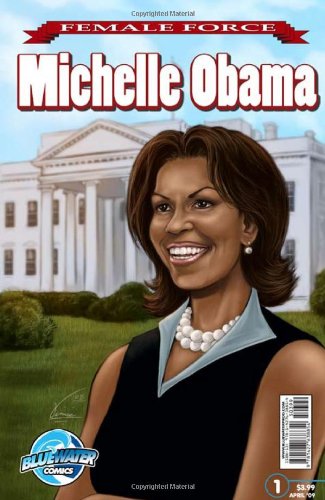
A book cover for Female Force: Michelle Obama; Neal Bailey; Comics & Graphic Novels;